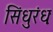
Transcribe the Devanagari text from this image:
सिंधुरंधः